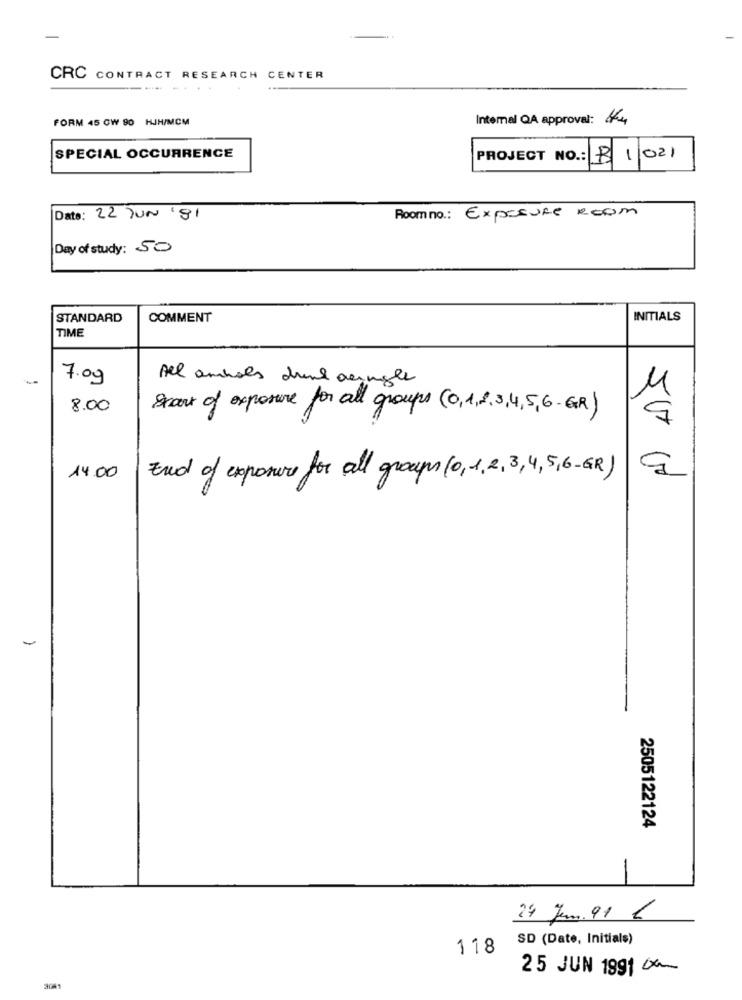
CRC CONTRACT RESEARCH CENTER
FORM 45 CW 90 HJH/MCM
Internal QA approval: 144
SPECIAL OCCURRENCE
PROJECT NO .: B 1/021
Date: 22 JUN '81
Room no. : EXPOSURE REOm
Day of study: SO
STANDARD
COMMENT
INITIALS
TIME
7.09
All amhals drink aringle
8.00
Start of exposure for all groups (0,1,2,3,4,5,6 -GR)
3
End of exposure for all groups (0,1, 2, 3, 4,5,6-GR)
14.00
2505122124
24 Jem. 91 €
SD (Date, Initials)
118
25 JUN 1991 X